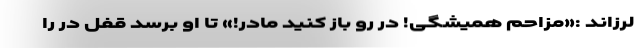
لرزاند :«مزاحم همیشگی! در رو باز کنید مادر!» تا او برسد قفل در را